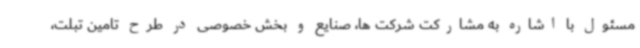
مسئول با اشاره به مشارکت شرکت ها، صنایع و بخش خصوصی در طرح تامین تبلت،